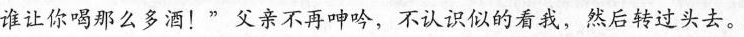
谁让你喝那么多酒！”父亲不再呻吟，不认识似的看我，然后转过头去。